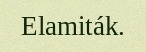
Elamiták.